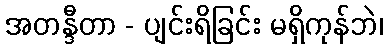
အတန္ဒီတာ - ပျင်းရိခြင်း မရှိကုန်ဘဲ၊